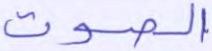
الصوت